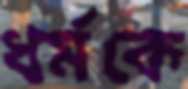
ধর্মকে